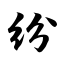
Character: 纷